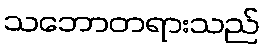
သဘောတရားသည်